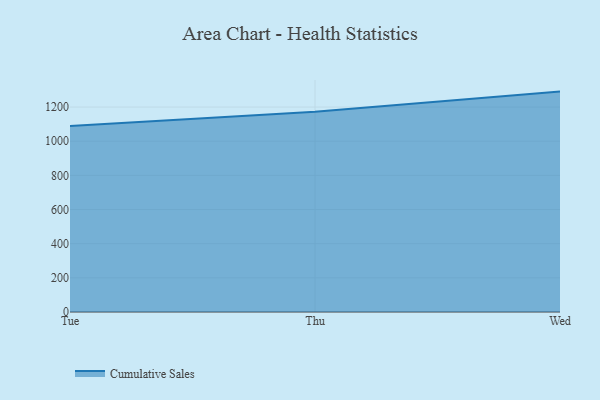
{"axis": {"x": "Day", "y": "Budget (USD K)"}, "legend": ["Cumulative Sales"], "data": [{"x": "Tue", "y": 1088.9, "type": "Cumulative Sales"}, {"x": "Thu", "y": 1172.9, "type": "Cumulative Sales"}, {"x": "Wed", "y": 1290.4, "type": "Cumulative Sales"}]}